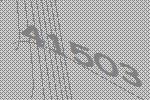
41503